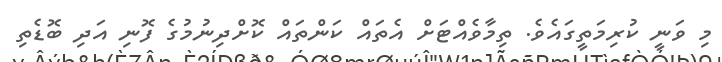
މި ވަނީ ކުރިމަތީގައެވެ. ތިމާވެއްޓަށް އެތައް ކަންތައް ކޮށްދިނުމުގެ ފޮނި އަދި ބޮޑެތި